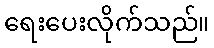
ရေးပေးလိုက်သည်။